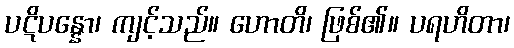
ပဋိပန္နော၊ ကျင့်သည်။ ဟောတိ၊ ဖြစ်၏။ ပရဟိတာ၊